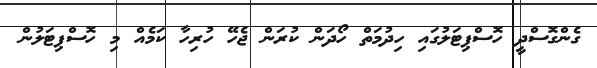
ގެންގޮސްދީ ހޮސްޕިޓަލުގައި ހިދުމަތް ހޯދަން ކުރަން ޖެހޭ ހުރިހާ ކަމެއް މި ހޮސްޕިޓަލުން